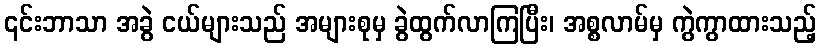
၎င်းဘာသာ အခွဲ ငယ်များသည် အများစုမှ ခွဲထွက်လာကြပြီး၊ အစ္စလာမ်မှ ကွဲကွာထားသည့်